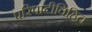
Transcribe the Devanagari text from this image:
परिपाटीविहित